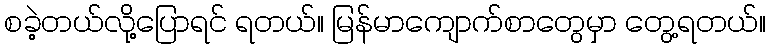
စခဲ့တယ်လို့ပြောရင် ရတယ်။ မြန်မာကျောက်စာတွေမှာ တွေ့ရတယ်။